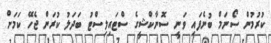
ކުރުމުން ސޯނަމް ބުނެފައި ވަނީ ސޮނާކްޝީގެ ސްޓައިލިސްޓު ބަދަލު ކުރަން ޖެހޭ ކަމަށް